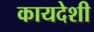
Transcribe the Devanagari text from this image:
कायदेशी